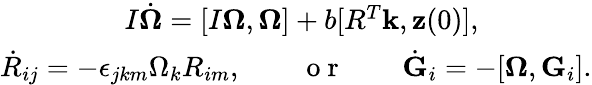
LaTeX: \begin{array}{r}{I\dot{\boldsymbol\Omega}=[I{\boldsymbol\Omega},{\boldsymbol\Omega}]+b[R^{T}{\mathbf k},{\mathbf z}(0)],\qquad\qquad}\\ {\dot{R}_{ij}=-\epsilon_{jkm}\Omega_{k}R_{im},\qquad\mathrm{~o~r~}\qquad\dot{\mathbf G}_{i}=-[{\boldsymbol\Omega},{\mathbf G}_{i}].}\end{array}